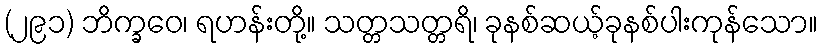
(၂၉၁) ဘိက္ခဝေ၊ ရဟန်းတို့။ သတ္တသတ္တရိ၊ ခုနစ်ဆယ့်ခုနစ်ပါးကုန်သော။